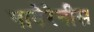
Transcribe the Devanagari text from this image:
पायेरेनीस